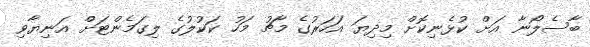
ބާސެލޯނާ އަށް ކުޅެނިކޮށް މިދިޔަ އަހަރުގެ މާޗު މަހު ކަކުލުގެ ލިގަމެންޓަށް އަނިޔާވި